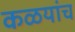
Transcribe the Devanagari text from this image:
कळयांच